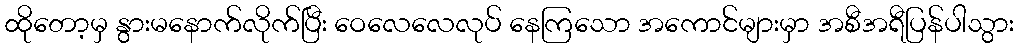
ထိုတော့မှ နွားမနောက်လိုက်ပြီး ဝေလေလေလုပ် နေကြသော အကောင်များမှာ အစီအရီပြန်ပါသွား